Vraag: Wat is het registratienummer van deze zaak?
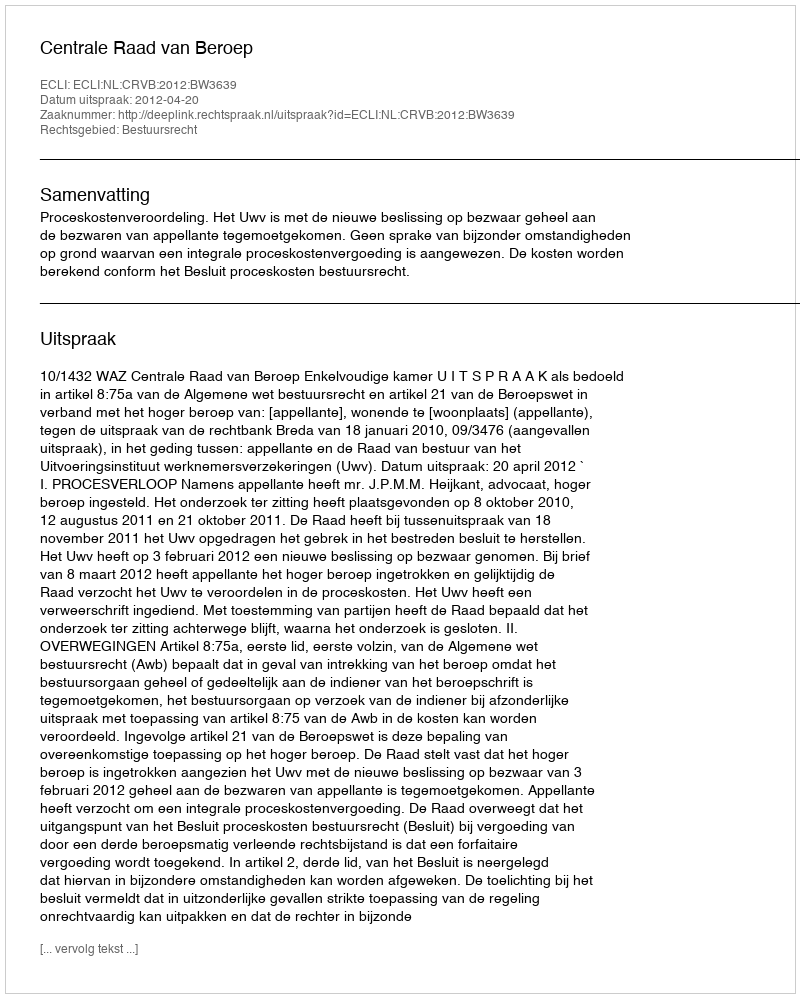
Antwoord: http://deeplink.rechtspraak.nl/uitspraak?id=ECLI:NL:CRVB:2012:BW3639